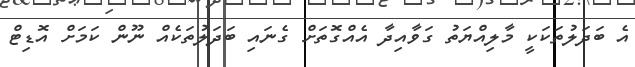
އެ ބަދަލުތަކަކީ މާލިއްޔަތު ގަވާއިދާ އެއްގޮތަށް ގެނައި ބަދަލުތަކެއް ނޫން ކަމަށް އޮޑިޓް